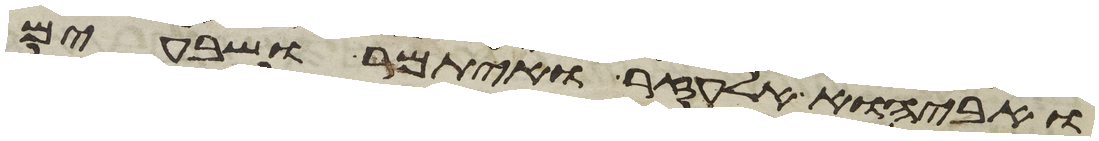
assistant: ואביהוא אלעזר ואיתמר ושבעים